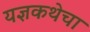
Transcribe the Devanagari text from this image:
यज्ञकथेचा